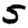
Digit: 5